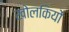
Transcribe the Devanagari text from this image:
खोलकियों